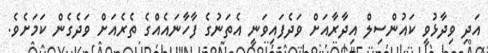
އަދި ވިދާޅުވީ ކައުންސިލް އިދާރާއަށް ވަދެފައިވަނީ އެތަނުގެ ފާހާނައެއްގެ ތެރެއަށް ވަދެގެން ކަމަށެވެ.